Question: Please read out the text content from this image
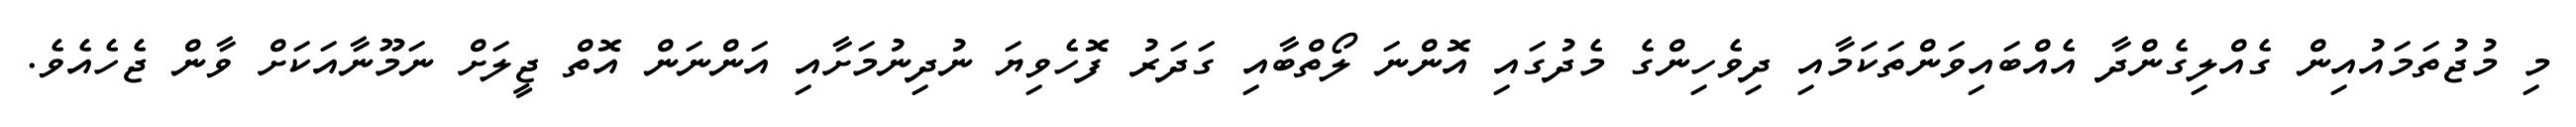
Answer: މި މުޖުތަމައުއިން ގެއްލިގެންދާ އެއްބައިވަންތަކަމާއި ދިވެހިންގެ މެދުގައި އޮންނަ ލޯތްބާއި ގަދަރު ފޮހެވިޔަ ނުދިނުމަށާއި އަންނަން އޮތް ޖީލަށް ނަމޫނާއަކަށް ވާން ޖެހެއެވެ.